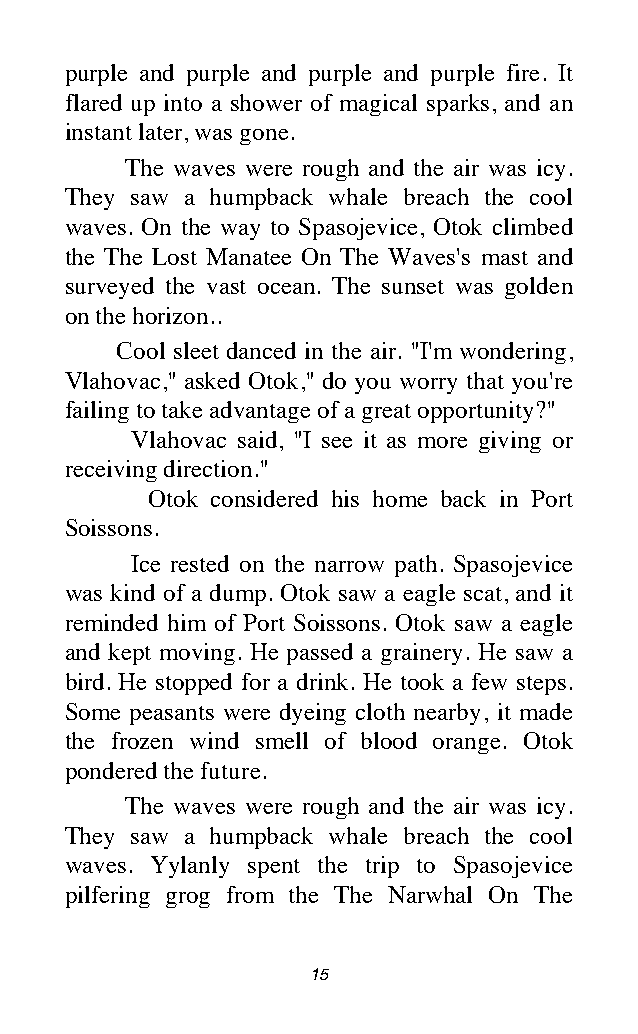
purple and purple and purple and purple fire. It
 flared up into a shower of magical sparks, and an
 instant later, was gone.
 The waves were rough and the air was icy.
 They saw a humpback whale breach the cool
 waves. On the way to Spasojevice, Otok climbed
 the The Lost Manatee On The Waves's mast and
 surveyed the vast ocean. The sunset was golden
 on the horizon..
 Cool sleet danced in the air. "I'm wondering,
 Vlahovac," asked Otok," do you worry that you're
 failing to take advantage of a great opportunity?"
 Vlahovac said, "I see it as more giving or
 receiving direction."
 Otok considered his home back in Port
 Soissons.
 Ice rested on the narrow path. Spasojevice
 was kind of a dump. Otok saw a eagle scat, and it
 reminded him of Port Soissons. Otok saw a eagle
 and kept moving. He passed a grainery. He saw a
 bird. He stopped for a drink. He took a few steps.
 Some peasants were dyeing cloth nearby, it made
 the frozen wind smell of blood orange. Otok
 pondered the future.
 The waves were rough and the air was icy.
 They saw a humpback whale breach the cool
 waves. Yylanly spent the trip to Spasojevice
 pilfering grog from the The Narwhal On The
 15